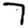
Digit: 7